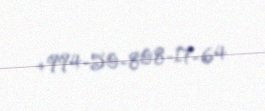
+994-50-808-17-64